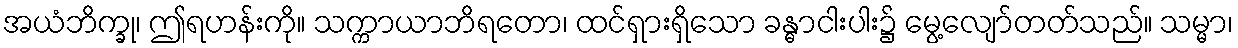
အယံဘိက္ခု၊ ဤရဟန်းကို။ သက္ကာယာဘိရတော၊ ထင်ရှားရှိသော ခန္ဓာငါးပါး၌ မွေ့လျော်တတ်သည်။ သမ္မာ၊